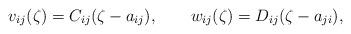
LaTeX: \begin{align*}v_{ij}(\zeta)=C_{ij}(\zeta-a_{ij}),\qquad w_{ij}(\zeta)=D_{ij}(\zeta-a_{ji}), \end{align*}